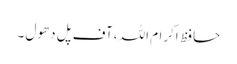
حافظ اکرام اللہ ،آف پل دھول ۔